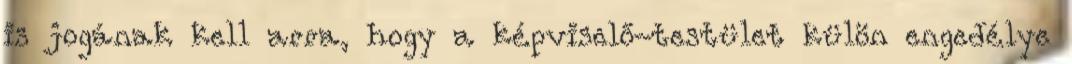
is jogának kell arra, hogy a képviselő-testület külön engedélye